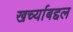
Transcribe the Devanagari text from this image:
खर्च्याबद्दल